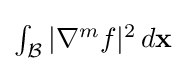
{\textstyle \int _{\mathcal {B}}|\nabla ^{m}f|^{2}\,d\mathbf {x} }